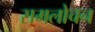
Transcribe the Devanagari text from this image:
समलोचन